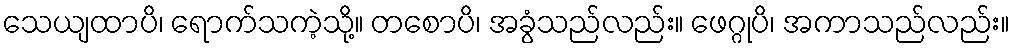
သေယျထာပိ၊ ရောက်သကဲ့သို့။ တစောပိ၊ အခွံသည်လည်း။ ဖေဂ္ဂုပိ၊ အကာသည်လည်း။